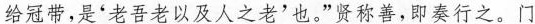
给冠带，是‘老吾老以及人之老'也”贤称善，即奏行之。门